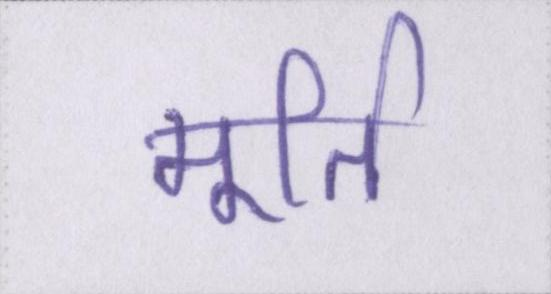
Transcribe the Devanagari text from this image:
मूर्ति